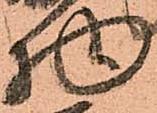
物